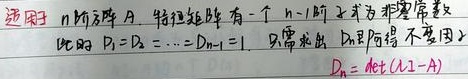
设\(n\)阶方阵\(A\)，特征矩阵有一个\(n - 1\)阶子式为非零常数证明\(D_1 = D_2=\cdots=D_{n - 1}=1\)，只需验证\(D_n\)即得不变因子\(D_n=\det(\lambda I - A)\)